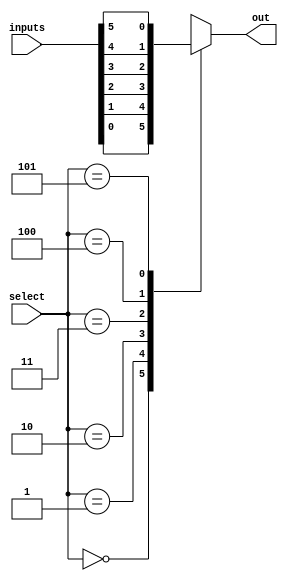
module mux_64to1 (
    input [63:0] inputs,
    input [5:0] select,
    output reg out
);

always @(*)
begin
    case (select)
        6'd0: out = inputs[0];
        6'd1: out = inputs[1];
        6'd2: out = inputs[2];
        6'd3: out = inputs[3];
        6'd4: out = inputs[4];
        6'd5: out = inputs[5];
        //continue for all 64 input lines
        default: out = 1'bx; //undefined output
    endcase
end

endmodule